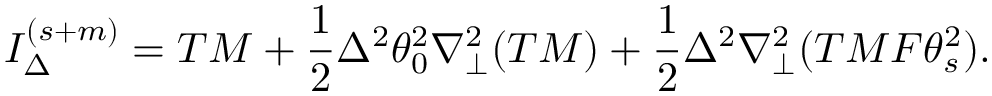
I _ { \Delta } ^ { ( s + m ) } = T M + \frac { 1 } { 2 } \Delta ^ { 2 } \theta _ { 0 } ^ { 2 } \nabla _ { \perp } ^ { 2 } ( T M ) + \frac { 1 } { 2 } \Delta ^ { 2 } \nabla _ { \perp } ^ { 2 } ( T M F \theta _ { s } ^ { 2 } ) .